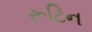
રૂટિન